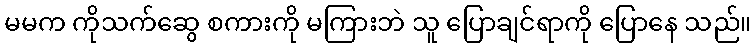
မမက ကိုသက်ဆွေ စကားကို မကြားဘဲ သူ ပြောချင်ရာကို ပြောနေ သည်။